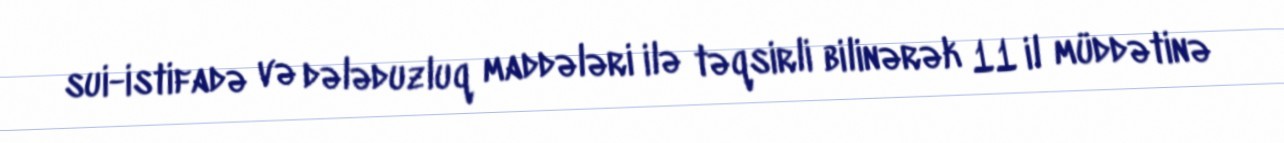
sui-istifadə və dələduzluq maddələri ilə təqsirli bilinərək 11 il müddətinə